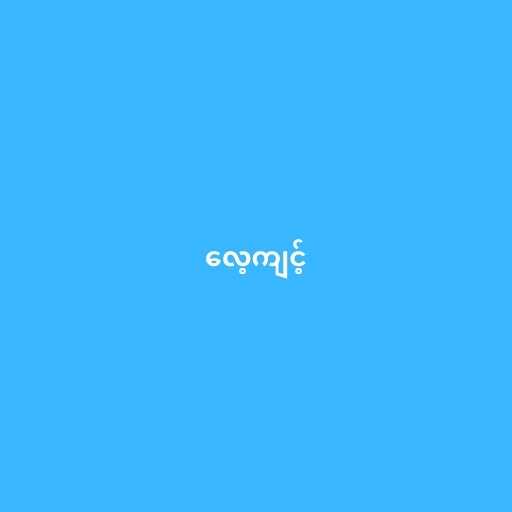
လေ့ကျင့်